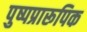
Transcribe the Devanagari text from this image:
पुष्पप्रारूपिक